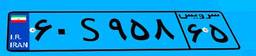
۶۵S۸۸۰۷۶